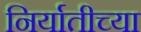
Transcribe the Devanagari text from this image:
निर्यातीच्या